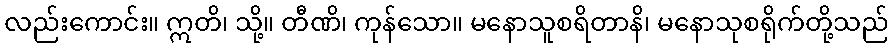
လည်းကောင်း။ ဣတိ၊ သို့။ တီဏိ၊ ကုန်သော။ မနောသူစရိတာနိ၊ မနောသုစရိုက်တို့သည်